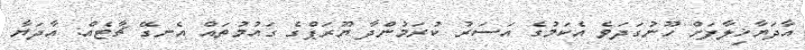
އާދަޔާޚިލާފަށް ހޫނުގަދަވެ އެކަމުގެ އަސަރު ކުރަމުންދާ ޔޫރަޕްގެ ގައުމުތައް އެނގޭ ޗާޓެއް: އާދަޔާ